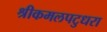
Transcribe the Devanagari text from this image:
श्रीकमलपटुधरा